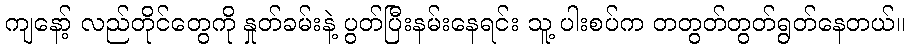
ကျနော့် လည်တိုင်တွေကို နှုတ်ခမ်းနဲ့ ပွတ်ပြီးနမ်းနေရင်း သူ့ ပါးစပ်က တတွတ်တွတ်ရွတ်နေတယ်။